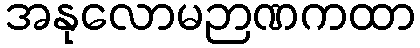
အနုလောမဉာဏကထာ